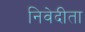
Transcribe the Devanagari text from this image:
निवेदीता